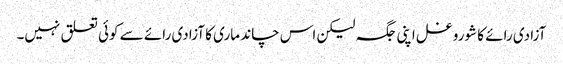
آزادی رائے کا شورو غل اپنی جگہ لیکن اس چاند ماری کا آزادی رائے سے کوئی تعلق نہیں۔